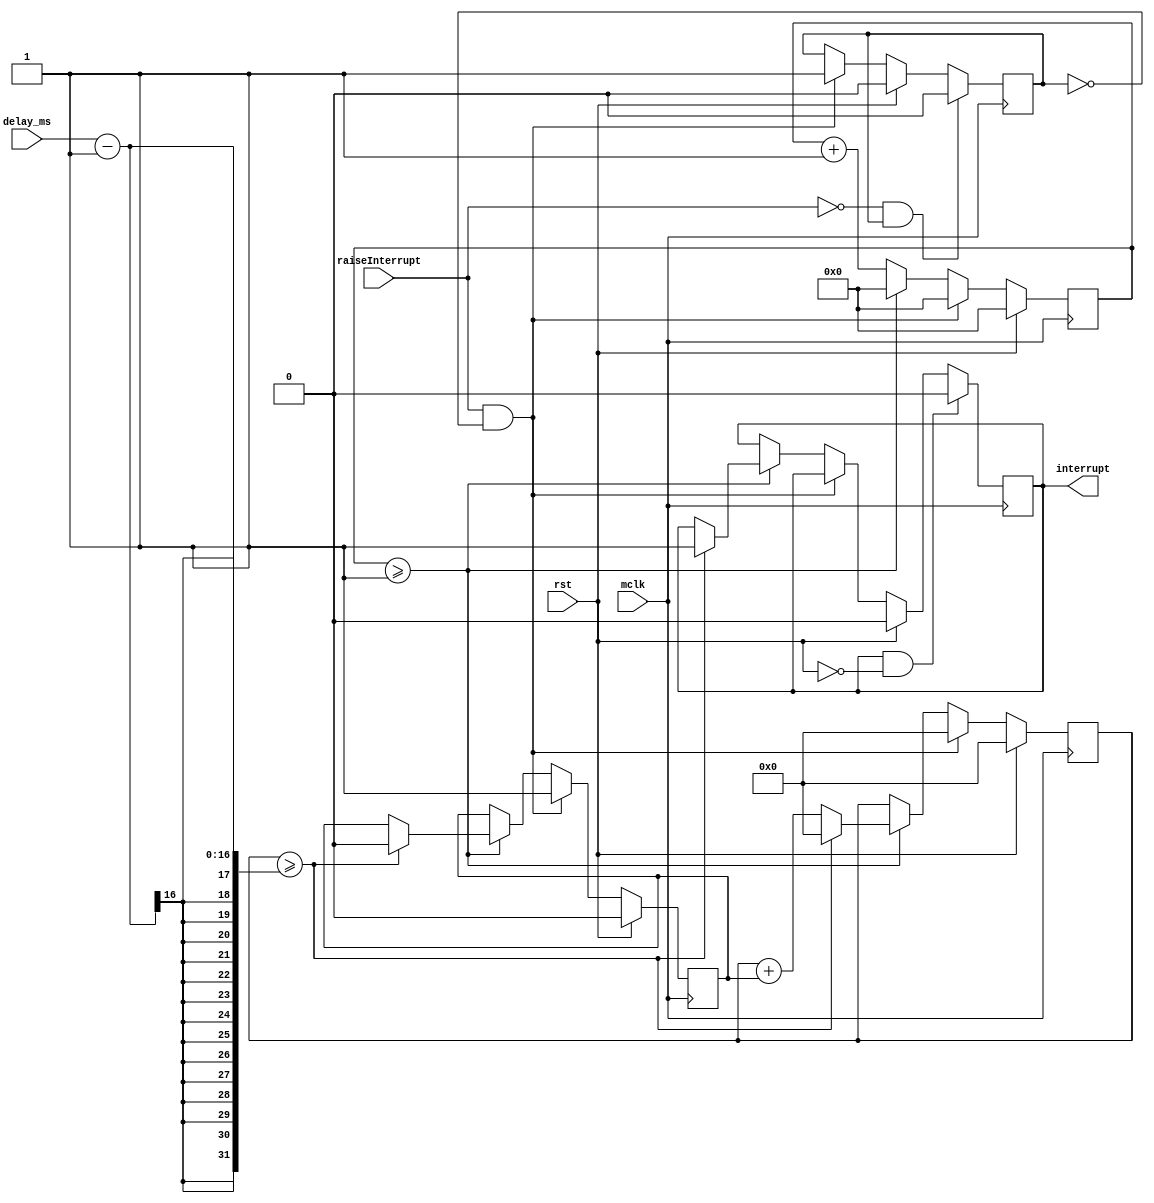
module interrupt_controller #(parameter MFREQ_KHZ = 1, parameter REPEAT = 0) (input wire mclk, input wire rst, input wire raiseInterrupt, input wire[15:0] delay_ms, output reg interrupt);

    reg[63:0] clk_counter = 0;
    reg[16:0] ms_counter = 0;
    reg upCount = 0;
    reg rIntLatched = 0;

    always @ (posedge mclk) begin
        if(rst) begin
            clk_counter <= 0;
            ms_counter <= 0;
            upCount <= 0;
            interrupt <= 0;
            rIntLatched <= 0;
        end
        else if(raiseInterrupt && !rIntLatched) begin
            upCount <= 1;
            rIntLatched <= 1;
            ms_counter <= 0;
            clk_counter <= 0;
        end
        else if(clk_counter >= MFREQ_KHZ) begin
            clk_counter <= 0;
            ms_counter <= ms_counter + upCount;

            if(ms_counter >= delay_ms - 1) begin
                interrupt <= 1;
                ms_counter <= 0;
                if(REPEAT == 0) upCount <= 0;
            end
        end
        else clk_counter <= clk_counter + 1;

        if(!raiseInterrupt && rIntLatched) rIntLatched <= 0;

        if(interrupt && !rst) interrupt <= 0;
    end

endmodule

module lcd_controller #(parameter MFREQ_KHZ = 1, InsWaitTime = 16'd10, DataWaitTime = 10, RefreshTime = 320)(
    input wire mclk, input wire rst,
    input wire[127:0] LineA, input wire[127:0] LineB,
    output reg[7:0] DB, output reg RS, output reg E, output reg RW
);

    reg init_bar = 0;
    parameter INIT_CMD_LST_SIZE = 12;
    // instructions are executed from bottom to top
    // RS RW DB
    wire[10*INIT_CMD_LST_SIZE-1: 0] init_cmd = {
        {1'b1, 1'b0, 8'h00},
        {1'b1, 1'b0, 8'b00000100},
        {1'b1, 1'b0, 8'b00000000},
        {1'b1, 1'b0, 8'b00011111},
        {1'b1, 1'b0, 8'b00001110},
        {1'b1, 1'b0, 8'b00001110},
        {1'b1, 1'b0, 8'b00001110},
        {1'b1, 1'b0, 8'b00000100},
        {1'b0, 1'b0, 8'b01000000},
        {1'b0, 1'b0, 8'b00000110}, 
        {1'b0, 1'b0, 8'b00001111},
        {1'b0, 1'b0, 8'b00111000}
    };

    reg[3:0] init_state = 0;
    // if 0 code will send init_cmd[init_state] and set RS/RW values
    // if 1 code will send E = 1;
    reg init_substate = 0;

    // data sending stage
    parameter DATA_LST_SIZE = 12;
    // instructions are executed from bottom to top
    // RS RW DB
    wire[10*DATA_LST_SIZE-1: 0] data_lst = {
        //{1'b1, 1'b0, 8'b01001111}, // O
        //{1'b1, 1'b0, 8'b01001100}, // L
        //{1'b1, 1'b0, 8'b01001100}, // L
        //{1'b1, 1'b0, 8'b01000101}, // E
        //{1'b1, 1'b0, 8'b01001000}, // H
        //{1'b0, 1'b0, 8'b11000000}, // reposition to line2
        //{1'b1, 1'b0, 8'b01001111}, // O
        //{1'b1, 1'b0, 8'b01001100}, // L
        //{1'b1, 1'b0, 8'b01001100}, // L
        //{1'b1, 1'b0, 8'b01000101}, // E
        //{1'b1, 1'b0, 8'b01001000}, // H
        //{1'b0, 1'b0, 8'b10000000}  // reposition to line1

        {1'b1, 1'b0, LineB[15*8+:8]},
        {1'b1, 1'b0, LineB[14*8+:8]},
        {1'b1, 1'b0, LineB[13*8+:8]},
        {1'b1, 1'b0, LineB[12*8+:8]},
        {1'b1, 1'b0, LineB[11*8+:8]},
        {1'b1, 1'b0, LineB[10*8+:8]},
        {1'b1, 1'b0, LineB[ 9*8+:8]},
        {1'b1, 1'b0, LineB[ 8*8+:8]},
        {1'b1, 1'b0, LineB[ 7*8+:8]},
        {1'b1, 1'b0, LineB[ 6*8+:8]},
        {1'b1, 1'b0, LineB[ 5*8+:8]},
        {1'b1, 1'b0, LineB[ 4*8+:8]},
        {1'b1, 1'b0, LineB[ 3*8+:8]},
        {1'b1, 1'b0, LineB[ 2*8+:8]},
        {1'b1, 1'b0, LineB[ 1*8+:8]},
        {1'b1, 1'b0, LineB[ 0*8+:8]},
        {1'b0, 1'b0, 8'b11000000}, // reposition to line2
        {1'b1, 1'b0, LineA[15*8+:8]},
        {1'b1, 1'b0, LineA[14*8+:8]},
        {1'b1, 1'b0, LineA[13*8+:8]},
        {1'b1, 1'b0, LineA[12*8+:8]},
        {1'b1, 1'b0, LineA[11*8+:8]},
        {1'b1, 1'b0, LineA[10*8+:8]},
        {1'b1, 1'b0, LineA[ 9*8+:8]},
        {1'b1, 1'b0, LineA[ 8*8+:8]},
        {1'b1, 1'b0, LineA[ 7*8+:8]},
        {1'b1, 1'b0, LineA[ 6*8+:8]},
        {1'b1, 1'b0, LineA[ 5*8+:8]},
        {1'b1, 1'b0, LineA[ 4*8+:8]},
        {1'b1, 1'b0, LineA[ 3*8+:8]},
        {1'b1, 1'b0, LineA[ 2*8+:8]},
        {1'b1, 1'b0, LineA[ 1*8+:8]},
        {1'b1, 1'b0, LineA[ 0*8+:8]},
        {1'b0, 1'b0, 8'b10000000}  // reposition to line1
    };

    reg[3:0] data_state = 0;
    // if 0 code will send init_cmd[init_state] and set RS/RW values
    // if 1 code will send E = 1;
    reg data_substate = 0;

    reg exec_next = 0;
    wire init_ins_intr;
    interrupt_controller #(MFREQ_KHZ, 0) init_ctrl_ins(.mclk(mclk), .rst(rst), .raiseInterrupt(~exec_next), .delay_ms(InsWaitTime[15:0]), .interrupt(init_ins_intr));

    reg send_next = 0;
    wire data_intr;
    interrupt_controller #(MFREQ_KHZ, 0) ctrl_data(.mclk(mclk), .rst(rst), .raiseInterrupt(send_next), .delay_ms(DataWaitTime[15:0]), .interrupt(data_intr));

    reg exec_data_next = 0;
    wire exec_intr;
    interrupt_controller #(MFREQ_KHZ, 0) ctrl_ins(.mclk(mclk), .rst(rst), .raiseInterrupt(exec_data_next), .delay_ms(InsWaitTime[15:0]), .interrupt(exec_intr));

    reg start_refresh_intr = 0;
    wire refresh_data_intr;
    interrupt_controller #(MFREQ_KHZ, 1) ctrl_refresh(.mclk(mclk), .rst(rst), .raiseInterrupt(start_refresh_intr), .delay_ms(RefreshTime[15:0]), .interrupt(refresh_data_intr));

    always @ (posedge mclk) begin
        if(rst) begin
            init_bar <= 0;
            init_state <= 0;
            init_substate <= 0;
            E <= 0;
            RS <= 0;
            DB <= 0;
            exec_next <= 0;
        end
        else if(~init_bar) begin
            if(init_ins_intr) begin
                if(init_substate) begin
                    if(init_state < INIT_CMD_LST_SIZE - 1) init_state <= init_state + 1;
                    else begin
                        init_bar <= 1;
                        // start refresh routine
                        start_refresh_intr <= 1;
                        // start sending commands
                        send_next <= data_lst[9];
                        exec_data_next <= ~data_lst[9];
                    end

                    init_substate <= ~init_substate;
                end
                else begin
                    init_substate <= ~init_substate;
                end
                exec_next <= 1;
            end
            else begin
                exec_next <= 0;
            end

            if(init_substate) begin
                E <= 0;
            end
            else begin
                {RS, RW, DB} <= init_cmd[10*init_state+:10];
                E <= 1;
            end
        end
        else begin
            if(data_intr || exec_intr) begin
                if(data_substate) begin
                    if(data_state < DATA_LST_SIZE - 1) data_state <= data_state + 1;
                    else begin
                        data_state <= 0;
                        // do nothing :-)
                    end

                    data_substate <= ~data_substate;
                end
                else begin
                    data_substate <= ~data_substate;
                end
                send_next <= data_lst[(10*data_state)+9+:1];
                exec_data_next <= ~data_lst[(10*data_state)+9+:1];
            end
            else begin
                send_next <= 0;
                exec_data_next <= 0;
            end

            if(data_substate) begin
                E <= 0;
            end
            else begin
                {RS, RW, DB} <= data_lst[10*data_state+:10];
                E <= 1;
            end
        end
    end

endmodule